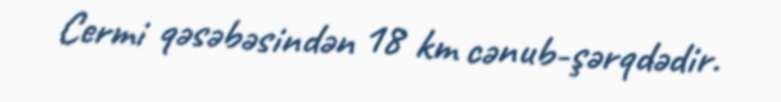
Cermi qəsəbəsindən 18 km cənub-şərqdədir.